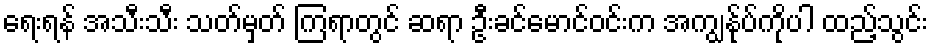
ရေးရန် အသီးသီး သတ်မှတ် ကြရာတွင် ဆရာ ဦးခင်မောင်ဝင်းက အကျွန်ုပ်ကိုပါ ထည့်သွင်း